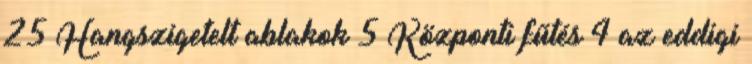
25 Hangszigetelt ablakok 5 Központi fűtés 4 az eddigi